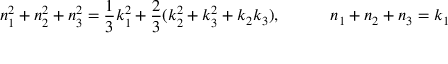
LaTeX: n _ { 1 } ^ { 2 } + n _ { 2 } ^ { 2 } + n _ { 3 } ^ { 2 } = { \frac { 1 } { 3 } } k _ { 1 } ^ { 2 } + { \frac { 2 } { 3 } } ( k _ { 2 } ^ { 2 } + k _ { 3 } ^ { 2 } + k _ { 2 } k _ { 3 } ) , \qquad \quad n _ { 1 } + n _ { 2 } + n _ { 3 } = k _ { 1 }